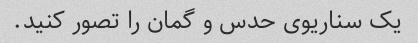
یک سناریوی حدس و گمان را تصور کنید.